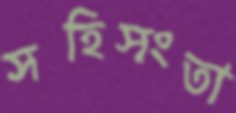
সহিসংতা